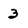
Character: 3